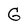
Character: G